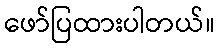
ဖော်ပြထားပါတယ်။